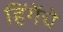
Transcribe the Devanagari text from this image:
हिंगेंचे